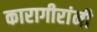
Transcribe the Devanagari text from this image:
कारागीरांनी